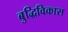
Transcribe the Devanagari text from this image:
बुद्धिविकास